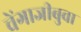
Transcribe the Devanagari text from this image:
चेंगाजीबुवा